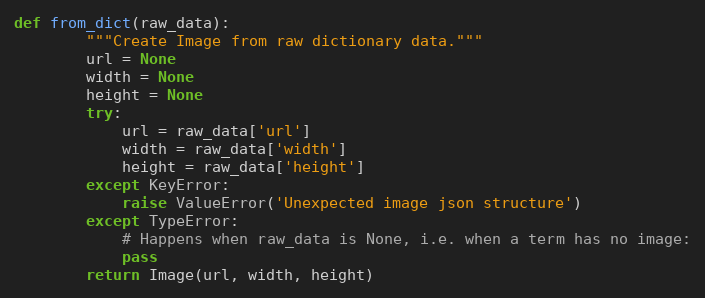
Language: Python
def from_dict(raw_data):
        """Create Image from raw dictionary data."""
        url = None
        width = None
        height = None
        try:
            url = raw_data['url']
            width = raw_data['width']
            height = raw_data['height']
        except KeyError:
            raise ValueError('Unexpected image json structure')
        except TypeError:
            # Happens when raw_data is None, i.e. when a term has no image:
            pass
        return Image(url, width, height)